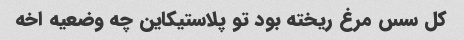
کل سس مرغ ریخته بود تو پلاستیکاین چه وضعیه اخه